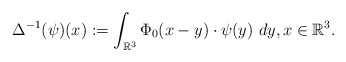
\begin{align*}\Delta^{-1}(\psi)(x):=\int_{\mathbb{R}^3}\Phi_0(x-y)\cdot \psi(y)\ dy,x\in\mathbb{R}^3. \end{align*}